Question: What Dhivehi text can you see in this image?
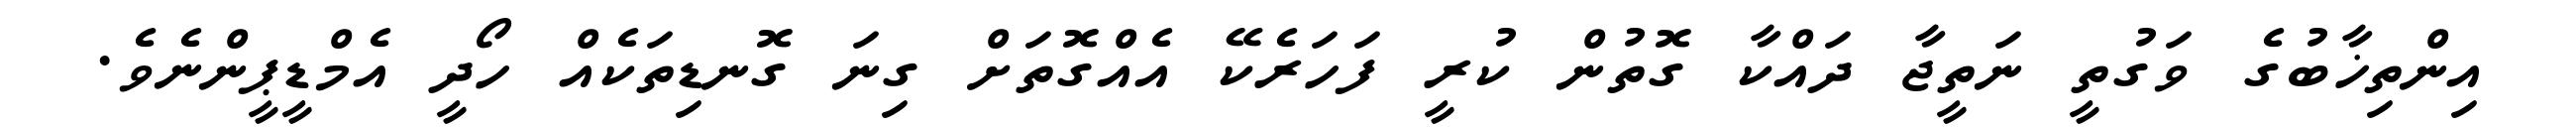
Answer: އިންތިޚާބުގެ ވަގުތީ ނަތީޖާ ދައްކާ ގޮތުން ކުރީ ފަހަރެކޭ އެއްގޮތަށް ގިނަ ގޮނޑިތަކެއް ހޯދީ އެމްޑީޕީންނެވެ.